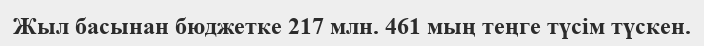
Жыл басынан бюджетке 217 млн. 461 мың теңге түсім түскен.